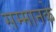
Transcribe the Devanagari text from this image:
सम्मानके